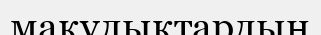
мақұлықтардың